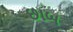
છાબ